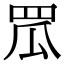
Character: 罛